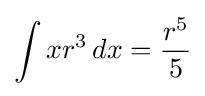
\int xr^{3}\,dx={\frac {r^{5}}{5}}